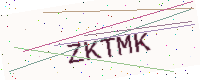
Text: ZKTMK